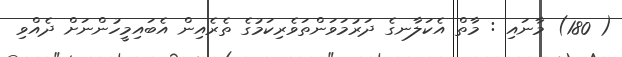
( 180) މާނައި : މާތް އެކަލާނގެ ދަރުމަވަންތަވެރިކަމުގެ ތެރެއިން އެބައިމީހުންނަށް ދެއްވި